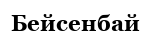
Бейсенбай